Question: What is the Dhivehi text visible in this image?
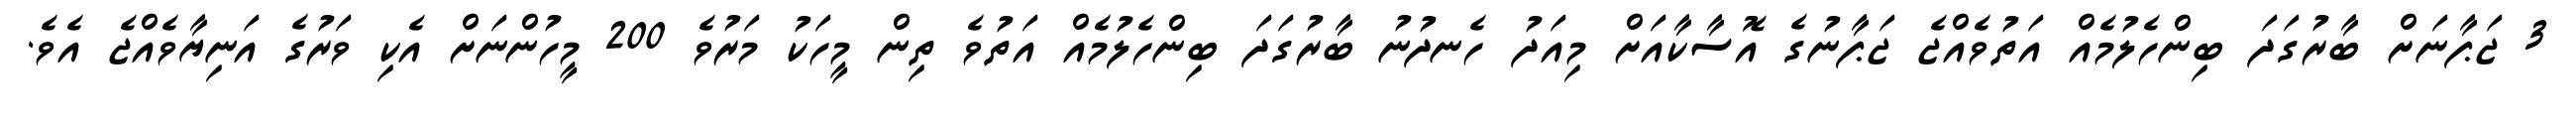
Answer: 3 ޖަޕާނަށް ބާރުގަދަ ބިންހެލުމެއް އަތުވެއްޖެ ޖަޕާނުގެ އޮސާކާއަށް މިއަދު ހެނދުނު ބާރުގަދަ ބިންހެލުމެއް އަތުވެ ތިން މީހަކު މަރުވެ 200 މީހުންނަށް އެކި ވަރުގެ އަނިޔާވެއްޖެ އެވެ.